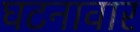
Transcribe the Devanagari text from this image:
घटनावार